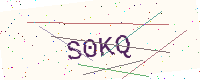
Text: S0KQ